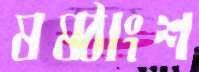
ষষ্ঠাংশ